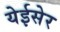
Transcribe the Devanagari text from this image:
येईसेर